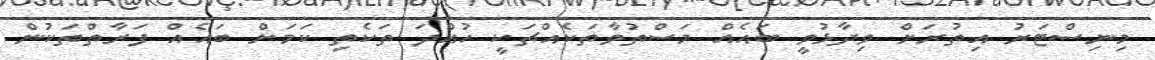
މިނިސްޓަރު އިތުރަށް ވިދާޅުވީ ބައެއް މަސްތުވާތަކެއްޗަކީ ހުއްދަ ތަކެތި ކަމަށް ބައެއް ފަރާތްތަކުން